Indian journal of veterinary science and animal husbandry - Volumes 15-17, 1948-1951
Year: 1948
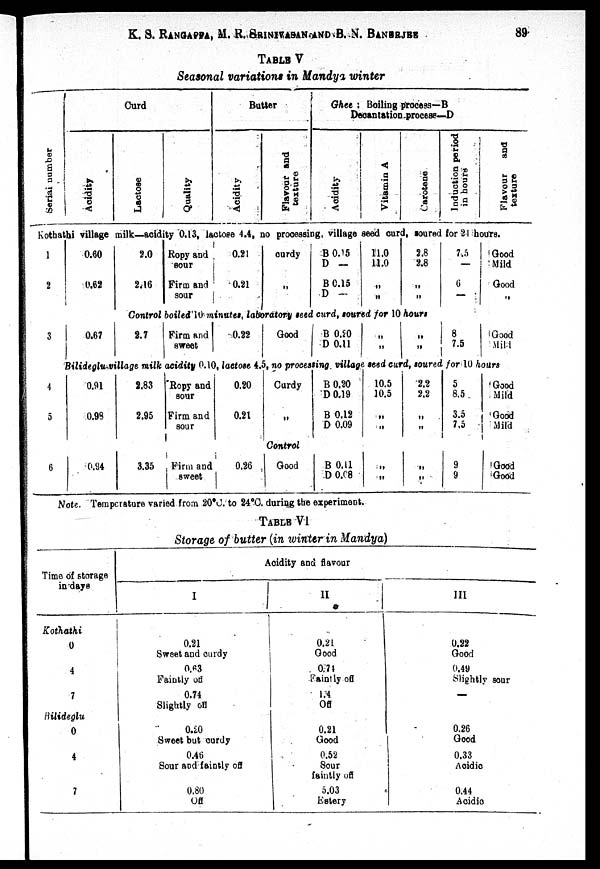
K. S. RANGAPPA, M. R. SRINIVASAN AND B. S. BANERJEE 89
TABLE V
Seasonal variations in Mandya winter
Ser i al number
Curd
Acidity
Lactose
Quality
Butter
Acidity
Flavour and
texture
Ghee : Boiling process—B
Decantation process—D
Acidity
Vitamin A
Carotene
Induction period
in hours
Flavour
and
texture
Kothathi village milk—acidity 0.13, lactose 4.4, no processing, village seed curd, soured for 21 hours.
1
2
3
4
5
6
0.60
0.62
0.67
2.0
2.16
Ropy and
sour
Firm and
sour
0.21
0.21
curdy
„
B 0.15
D —
B 0.15
D —
11.0
11.0
„
„
2.8
2.8
„
„
Control boiled 10 minutes, laboratory seed curd, soured for 10 hours
2.7
Firm and
sweet
0.22
Good
B 0.20
D 0.11
„
„
„
„
7.5
—
6
—
8
7.5
Good
Mild
Good
„
Good
Mild
Bilideglu village milk acidity 0.10, lactose 4.5, no processing village seed curd, soured for 10 hours
0.91
0.98
2.83
2.95
Ropy and
sour
Firm and
sour
0.20
0.21
Curdy
„
B 0.20
D 0.19
B 0.12
0 0.09
10.5
10.5
„
„
2.2
2.2
„
„
5
8.5
3.5
7.5
Good
Mild
Good
Mild
Control
0.94
3.35
Firm and
sweet
0.26
Good
B 0.11
D 0.08
„
„
„
„
9
9
Good
Good
Note. Temperature varied from 20°C. to 24°C. during the experiment.
TABLE VI
Storage of butter (in winter in Mandya)
Time of storage
in days
Kothathi
0
4
7
Bilideglu
0
4
7
Acidity and flavour
I
0.21
Sweet and curdy
0.63
Faintly off
0.74
Slightly off
0.20
Sweet but curdy
0.46
Sour and faintly off
0.80
Off
II
0.21
Good
0.74
Faintly off
1.4
Off
0.21
Good
0.52
Sour
faintly off
5.03
Estery
III
0.22
Good
0.49
Slightly sour
—
0.26
Good
0.33
Acidic
0.44
Acidic